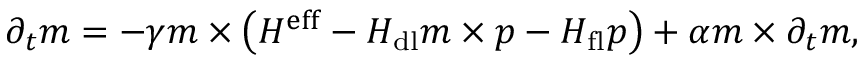
\begin{array} { r } { \centering { \partial } _ { t } \boldsymbol { m } = - \gamma \boldsymbol { m } \times \left( \boldsymbol { H ^ { \mathrm { e f f } } } - H _ { \mathrm { d l } } \boldsymbol { m } \times \boldsymbol { p } - H _ { \mathrm { f l } } \boldsymbol { p } \right) + \alpha { \boldsymbol { m } } \times { \partial } _ { t } { \boldsymbol { m } } , } \end{array}